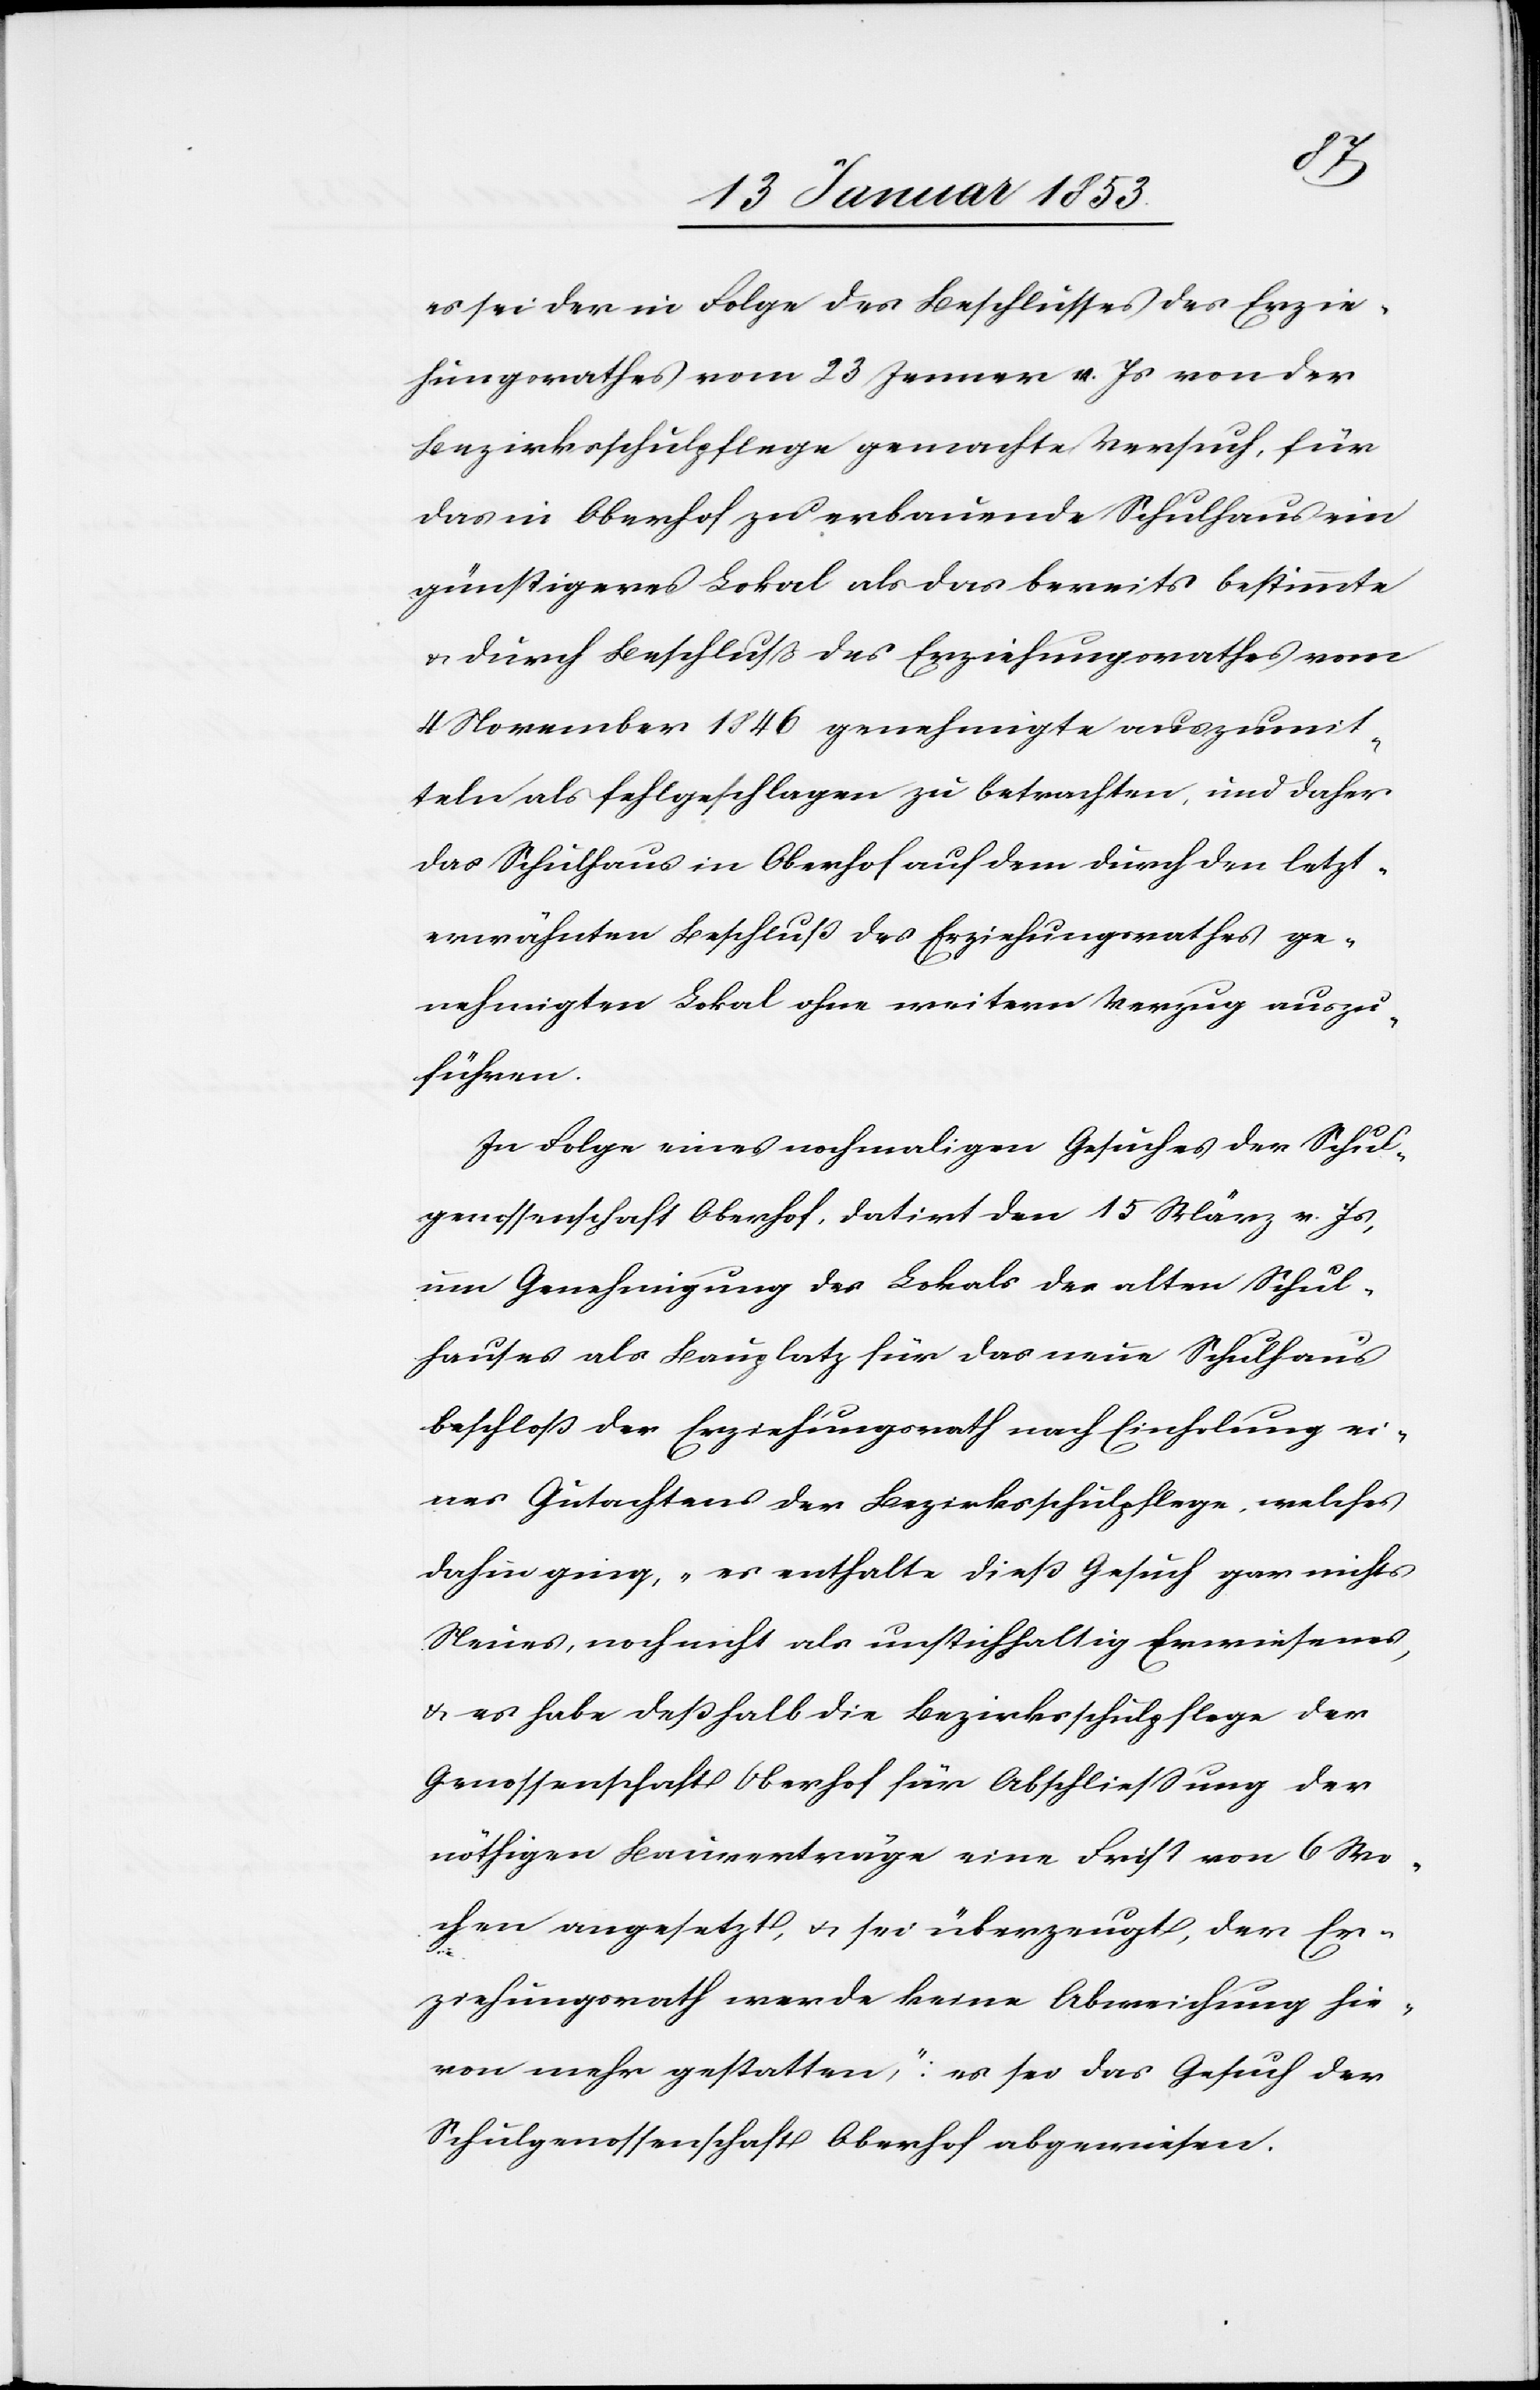
es sei der in Folge des Beschlusses des Erzie¬
hungsrathes vom 23 Jenner v. Js. von der
Bezirksschulpflege gemachte Versuch, für
das in Oberhof zu erbauende Schulhaus ein
günstigeres Lokal als das bereits bestimmte
u. durch Beschluß des Erziehungsrathes vom
4 November 1846 genehmigte auszumit¬
teln als fehlgeschlagen zu betrachten, und daher
das Schulhaus in Oberhof auf dem durch den letzt¬
erwähnten Beschluss des Erziehungsrathes ge¬
nehmigten Lokal ohne weitern Verzug auszu¬
führen.
In Folge eines nochmaligen Gesuches der Schul¬
genossenschaft Oberhof, datirt den 15 März v. Js.
um Genehmigung des Lokales des alten Schul¬
hauses als Bauplatz für das neue Schulhaus
beschloss der Erziehungsrath nach Einholung ei¬
nes Gutachtens der Bezirksschulpflege, welches
dahin ging, „es enthalte dieses Gesuch gar nichts
Neues, noch nicht als unstichhaltig Erwiesenes,
u. es habe desshalb die Bezirksschulpflege der
Genossenschaft Oberhof für Abschließung der
nöthigen Bauverträge eine Frist von 6 Wo¬
chen angesetzt, u. sei überzeugt, der Er¬
ziehungsrath werde keine Abweichung hie¬
von mehr gestatten“,: es sei das Gesuch der
Schulgenossenschaft Oberhof abzuweisen.